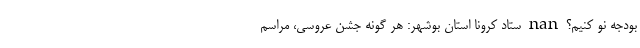
بودجه نو کنیم؟ nan ستاد کرونا استان بوشهر: هر گونه جشن عروسی، مراسم